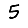
Digit: 5